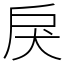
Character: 戾